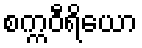
စက္ကဝီရိယော